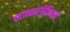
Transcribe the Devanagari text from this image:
स्वात्मसंस्थितम्